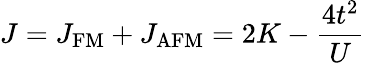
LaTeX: J=J_{\mathrm{FM}}+J_{\mathrm{AFM}}=2K-\frac{4t^{2}}{U}